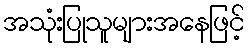
အသုံးပြုသူများအနေဖြင့်